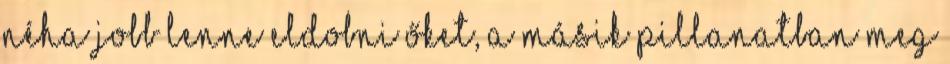
néha jobb lenne eldobni őket, a másik pillanatban meg